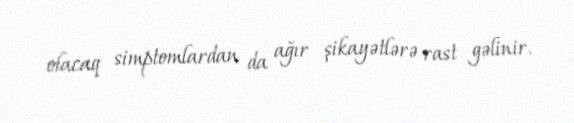
olacaq simptomlardan da ağır şikayətlərə rast gəlinir.